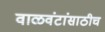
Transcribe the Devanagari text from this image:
वाळवंटांसाठीच